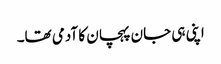
اپنی ہی جان پہچان کا آدمی تھا۔